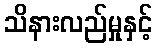
သိနားလည်မှုနှင့်